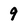
Character: 9